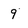
Character: 9